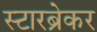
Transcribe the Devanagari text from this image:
स्टारब्रेकर